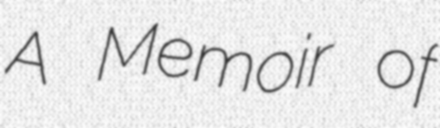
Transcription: A Memoir of